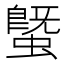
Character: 𧐆